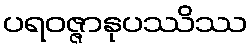
ပရဝဇ္ဇာနုပဿိဿ